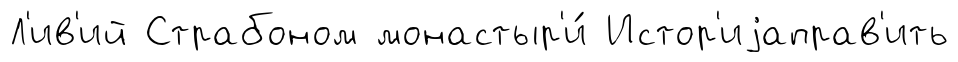
Л'ив'ий Страбоном монастыр'и́ Истор'иjаправ'ить